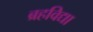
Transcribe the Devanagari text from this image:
ब्रहविद्या